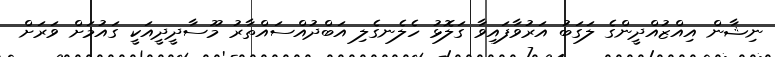
ނިޝާން އިއްޒުއްދީންގެ ލަގަބު އަރުވާފައިވާ ގަލޮޅު ހެލެނގެލި އަބްދުއްސައްތާރު މޫސާދީދީއަކީ ގައުމަށް ވަރަށް